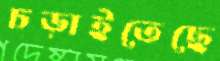
চড়াইতেছে